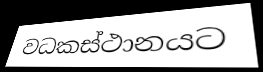
වධකස්ථානයට